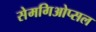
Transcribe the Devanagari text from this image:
सेमगिओप्सल